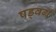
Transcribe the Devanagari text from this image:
षड्वर्ग